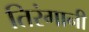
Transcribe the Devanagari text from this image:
तिरंगानी